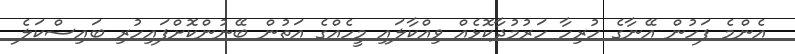
އެންމެ ފަހުން އޭނާގެ ހުރިހާ ހަރުމުދާކޮޅެއް ވިއްކާލައި މީހެއްގެ އަތުން ބޭނުންކޮށްފައިހުރި ބައިސްކަލެ